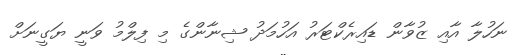
ނަހުލާ އާއި ޒުވާން ޑައިރެކްޓަރު އަހުމަދު ޝިނާންގެ މި ފިލްމު ވަނީ ޔަގީނަށް